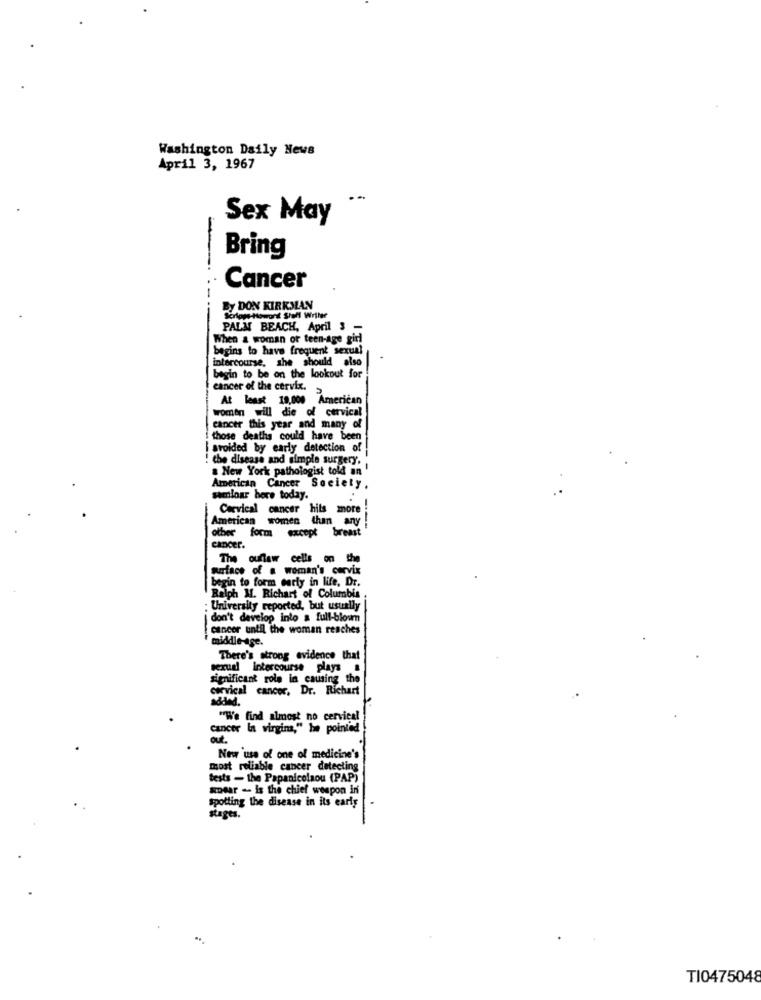
Washington Daily News
April 3, 1967
Sex May
Bring
Cancer
By DON KIRKMAN
Seropp Howard Stall Writer
PALM BEACH, April 3
When & woman of teen-age girl
begins to have frequent sexual
intercourse, she should also
begin to be on the lookout for
cancer of the cervix.
At least 19,000 American
Women will die of cervical
cancer this year and many of
those deaths could have been
avoided by early detection of
the disease and simple surgery.
a New York pathologist told an'
American Cancer
Society.
samloar here today.
Cervical cancer hils more
American women than any !
other form except breast
cancer.
The ouflaw cells on the
warface of a woman's cervix
begin to form early in life, Dr.
Ralph M. Richart of Columbia
: University reported, but usually
don't develop into a full-blown
Cancer until the woman reaches
middle-ase.
There's strong evidence that
sexual intercourse plays
significant role in causing the
cervical cancer. Dr. Richart
added.
"We find almost no cervical
cancer la virgins," he pointed
out.
New 'use of one of medicine's
most reliable cancer detecting
tests - the Papanicolaou (PAP)
ser - is the chief weapon in
spotting the disease in its early
stages.
TI0475048